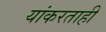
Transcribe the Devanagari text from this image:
यांकरताही